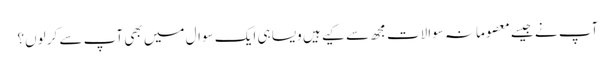
آپ نے جیسے معصومانہ سوالات مجھ سے کیے ہیں ویسا ہی ایک سوال میں بھی آپ سے کر لوں؟